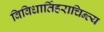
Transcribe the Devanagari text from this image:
विविधार्तिहराचिन्त्य